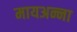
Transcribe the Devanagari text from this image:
मायअन्ना